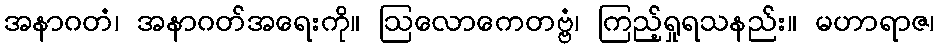
အနာဂတံ၊ အနာဂတ်အရေးကို။ ဩလောကေတဗ္ဗံ၊ ကြည့်ရှုရသနည်း။ မဟာရာဇ၊